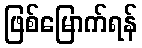
ဖြစ်မြောက်ရန်